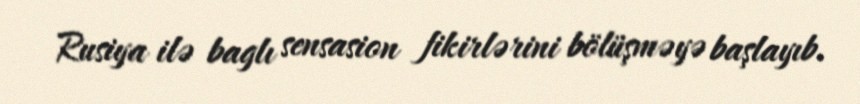
Rusiya ilə baglı sensasion fikirlərini bölüşməyə başlayıb.